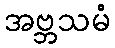
အဗ္ဘသမံ